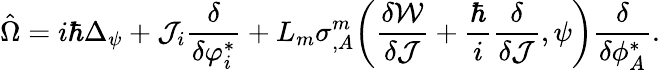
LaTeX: \hat{\Omega}=i\hbar\Delta_{\psi}+{\cal J}_{i}\frac{\delta}{\delta\varphi_{i}^{*}}+L_{m}\sigma_{,A}^{m}\bigg(\frac{\delta{\cal W}}{\delta{\cal J}}+\frac{\hbar}{i}\frac{\delta}{\delta{\cal J}},\psi\bigg)\frac{\delta}{\delta\phi_{A}^{*}}.